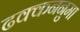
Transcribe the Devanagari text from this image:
ढक्कननुमा